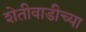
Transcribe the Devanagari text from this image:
शेतीवाडीच्या